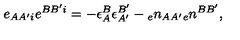
e _ { A A ^ { \prime } i } e ^ { B B ^ { \prime } i } = - \epsilon _ { A } ^ { B } \epsilon _ { A ^ { \prime } } ^ { B ^ { \prime } } - { _ { e } n _ { A A ^ { \prime } } } { _ { e } n ^ { B B ^ { \prime } } } ,